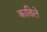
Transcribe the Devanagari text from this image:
काढिले